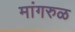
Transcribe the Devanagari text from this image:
मांगरुळ